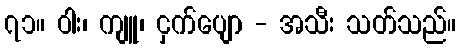
၇၁။ ဝါး၊ ကျူ၊ ငှက်ပျော - အသီး သတ်သည်။